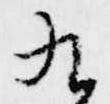
九